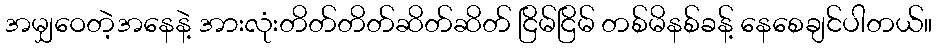
အမျှဝေတဲ့အနေနဲ့ အားလုံးတိတ်တိတ်ဆိတ်ဆိတ် ငြိမ်ငြိမ် တစ်မိနစ်ခန့် နေစေချင်ပါတယ်။